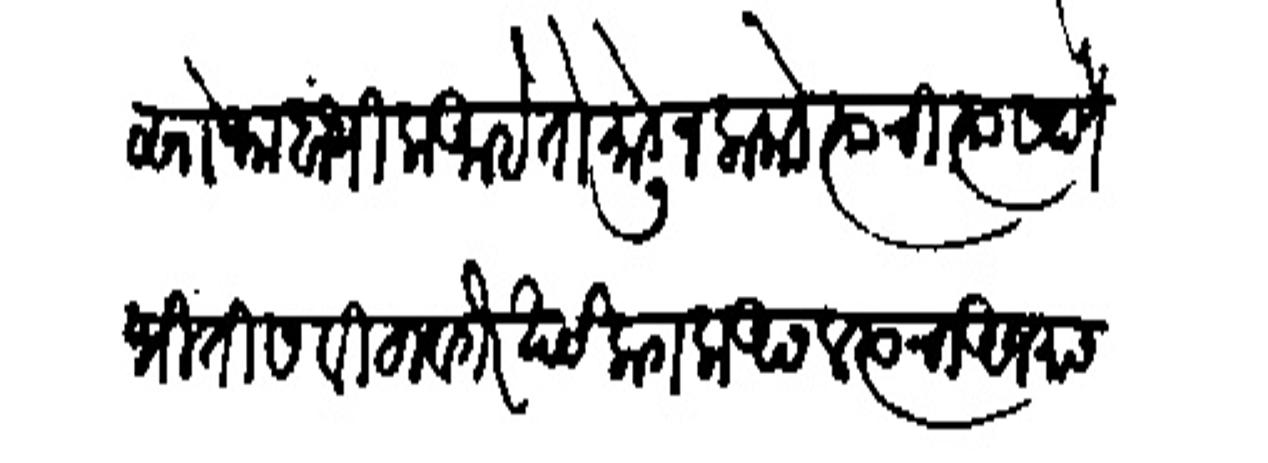
Transliteration (Devanagari): सोफा बांधिला आहे तो मोडून लाकडे त्याची त्यास देणें भितीस विटा वर्गरे खर्च लागला असल त्याचा अजमास